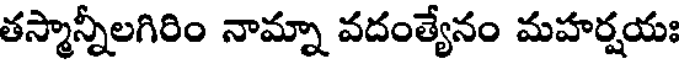
తస్మాన్నీలగిరిం నామ్నా వదంత్యేనం మహర్షయః